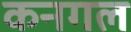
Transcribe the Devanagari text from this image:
कनगल